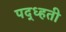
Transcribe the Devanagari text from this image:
पद्ध्हती